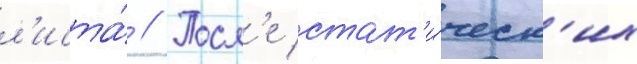
л'иста́ // Посл'е стат'и́ческ'их